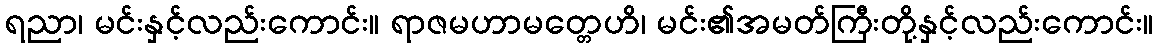
ရညာ၊ မင်းနှင့်လည်းကောင်း။ ရာဇမဟာမတ္တေဟိ၊ မင်း၏အမတ်ကြီးတို့နှင့်လည်းကောင်း။